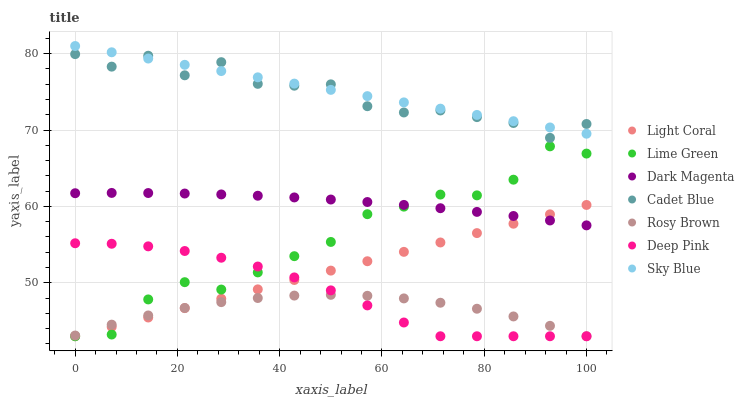
| xaxis_label | Light Coral | Lime Green | Dark Magenta | Cadet Blue | Rosy Brown | Deep Pink | Sky Blue |
 | --- | --- | --- | --- | --- | --- | --- | --- |
 | 0 | 43 | 43 | 61.7 | 79.9 | 43.1 | 55.2 | 81 |
 | 7.14 | 44.2 | 43.2 | 61.8 | 78.3 | 44.5 | 55.1 | 80.2 |
 | 14.3 | 45.5 | 47.8 | 61.8 | 79.7 | 45.7 | 54.8 | 79.4 |
 | 21.4 | 46.7 | 50.1 | 61.7 | 77.2 | 46.7 | 54.2 | 78.5 |
 | 28.6 | 47.9 | 49.1 | 61.6 | 78.9 | 47.5 | 53.3 | 77.7 |
 | 35.7 | 49.1 | 51.4 | 61.4 | 76 | 48 | 52.1 | 76.9 |
 | 42.9 | 50.4 | 53.5 | 61.2 | 75.8 | 48.3 | 50.7 | 76.1 |
 | 50 | 51.6 | 55.3 | 60.9 | 76 | 48.4 | 49 | 75.3 |
 | 57.1 | 52.8 | 59 | 60.6 | 73.1 | 48.3 | 47 | 74.4 |
 | 64.3 | 54.1 | 60 | 60.2 | 72.3 | 48 | 44.8 | 73.6 |
 | 71.4 | 55.3 | 61.6 | 59.8 | 72.6 | 47.4 | 43 | 72.8 |
 | 78.6 | 56.5 | 61.4 | 59.3 | 71.7 | 46.6 | 43 | 72 |
 | 85.7 | 57.7 | 63.5 | 58.7 | 70.9 | 45.6 | 43 | 71.2 |
 | 92.9 | 59 | 67.9 | 58.2 | 69 | 44.4 | 43 | 70.3 |
 | 100 | 60.2 | 66.9 | 57.5 | 70.8 | 43 | 43 | 69.5 |